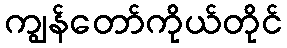
ကျွန်တော်ကိုယ်တိုင်